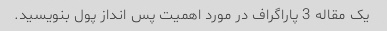
یک مقاله 3 پاراگراف در مورد اهمیت پس انداز پول بنویسید.